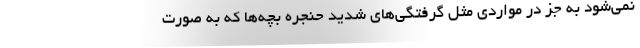
نمی‌شود به جز در مواردی مثل گرفتگی‌های شدید حنجره بچه‌ها که به صورت